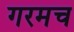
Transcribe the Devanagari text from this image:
गरमच